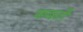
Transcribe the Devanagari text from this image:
फबती